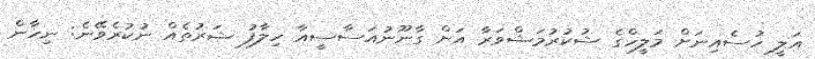
އަލީ ހުސެއިނަށް މަލީހްގެ ޝުކުރުމަޝްވަރާ އަށް ގާނޫނުއަސާސީއާ ހިލާފު ޝަރުތެއް ނުކުރެވޭނެ: ނިހާން